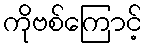
ကိုဗစ်ကြောင့်